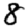
Digit: 8